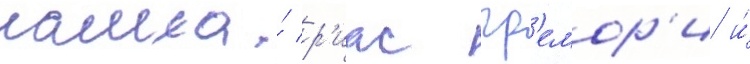
нашла́ р'иас гр'емор'и и́